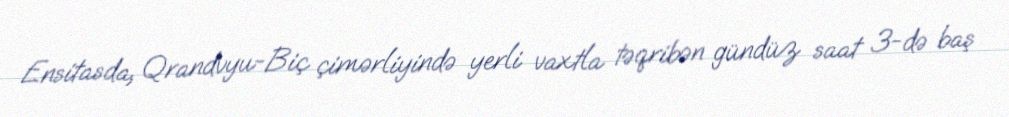
Ensitasda, Qrandvyu-Biç çimərliyində yerli vaxtla təqribən gündüz saat 3-də baş